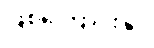
ဖြစ်ကြောင်းနှင့်